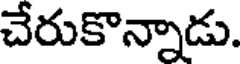
చేరుకొన్నాడు.